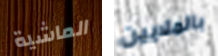
الماشية بالملايين